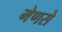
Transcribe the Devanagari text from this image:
मेणसे